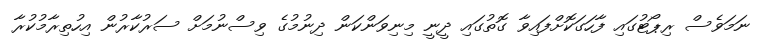
ނަމަވެސް ރިޕޯޓުގައި ފާހަގަކޮށްފައިވާ ގޮތުގައި ދީނީ މިނިވަންކަން ދިނުމުގެ ވިސްނުމަށް ސަރުކާރުން އިހުތިރާމުކުރާ